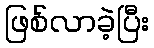
ဖြစ်လာခဲ့ပြီး